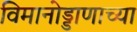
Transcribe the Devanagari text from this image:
विमानोड्डाणाच्या